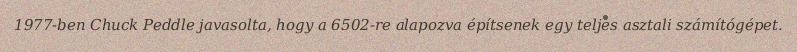
1977-ben Chuck Peddle javasolta, hogy a 6502-re alapozva építsenek egy teljes asztali számítógépet.